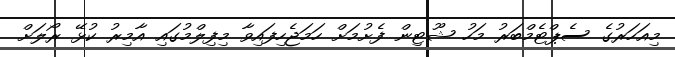
މިއަހަރުގެ ސެޕްޓެމްބަރު މަހު ޝޫޓިން ފެށުމަށް ހަަމަޖެހިފައިވާ މިފިލްމުގައި އާމިރު ކުޅޭ ރޯލަށް